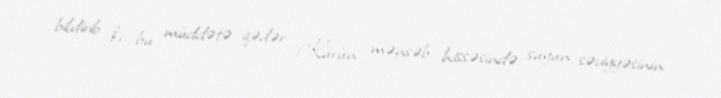
bildirib ki, bu müddətə qədər Kürün mənsəb hissəsində suyun səviyyəsinin